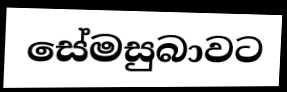
සේමසුබාවට